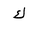
Letter: _kaf